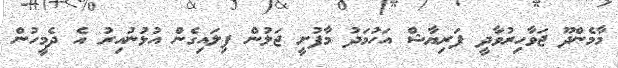
މާމެންދޫ ޖަވާހިރުވާދީ ފަރިޔާޝް އަހުމަދު މާފުށީ ޖަލުން ފިލައިގެން އުޅުނުއިރު އެ ދެމީހުން